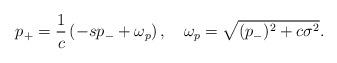
LaTeX: \begin{align*}p_+={1 \over c}\left(-sp_-+\omega_p\right), \quad\omega_p=\sqrt{(p_-)^2+c\sigma^2}.\end{align*}